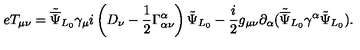
e T _ { \mu \nu } = { \tilde { \overline { \Psi } } _ { L _ { 0 } } } { \gamma _ { \mu } } i \left( D _ { \nu } - \frac { 1 } { 2 } \Gamma _ { \alpha \nu } ^ { \alpha } \right) { \tilde { \Psi } } _ { L _ { 0 } } - \frac { i } { 2 } g _ { \mu \nu } \partial _ { \alpha } ( { \tilde { \overline { \Psi } } } _ { L _ { 0 } } \gamma ^ { \alpha } { \tilde { \Psi } _ { L _ { 0 } } } ) . \nonumber \,